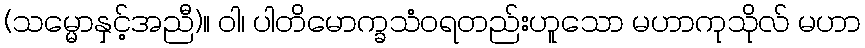
(သမ္မောနှင့်အညီ)။ ဝါ၊ ပါတိမောက္ခသံဝရတည်းဟူသော မဟာကုသိုလ် မဟာ